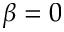
\beta = 0